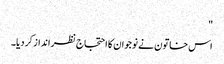
"
اس خاتون نے نوجوان کا احتجاج نظرانداز کر دیا۔